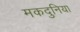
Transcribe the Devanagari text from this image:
मकदुनिया